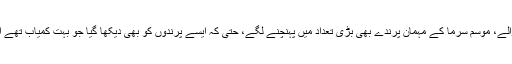
مقامی پرندوں کے ساتھ ساتھ برفانی علاقوں سے نقل مکانی کرنے والے، موسم سرما کے مہمان پرندے بھی بڑی تعداد میں پہنچنے لگے، حتٰی کہ ایسے پرندوں کو بھی دیکھا گیا جو بہت کمیاب تھے اور کئی دہائیوں سے انہیں اس ماحولیاتی نظام میں نہیں دیکھا گیا تھا۔